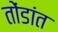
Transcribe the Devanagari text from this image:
तोंडांत